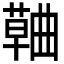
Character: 𮑅